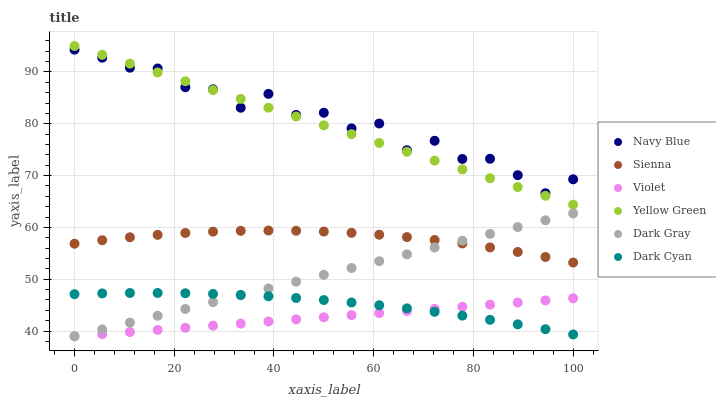
| xaxis_label | Navy Blue | Sienna | Violet | Yellow Green | Dark Gray | Dark Cyan |
 | --- | --- | --- | --- | --- | --- | --- |
 | 0 | 94.3 | 56.9 | 39 | 95 | 39 | 47.1 |
 | 5.56 | 92.8 | 57.5 | 39.4 | 93.3 | 40.3 | 47.3 |
 | 11.1 | 90.8 | 58.1 | 39.8 | 91.6 | 41.6 | 47.3 |
 | 16.7 | 90.7 | 58.6 | 40.2 | 89.9 | 43 | 47.4 |
 | 22.2 | 87.1 | 58.9 | 40.6 | 88.2 | 44.3 | 47.3 |
 | 27.8 | 86.6 | 59.2 | 41 | 86.5 | 45.6 | 47.2 |
 | 33.3 | 83.1 | 59.3 | 41.4 | 84.8 | 46.9 | 47 |
 | 38.9 | 85.8 | 59.4 | 41.8 | 83.1 | 48.2 | 46.7 |
 | 44.4 | 81.7 | 59.4 | 42.3 | 81.4 | 49.5 | 46.4 |
 | 50 | 82.1 | 59.2 | 42.7 | 79.7 | 50.9 | 46 |
 | 55.6 | 79.1 | 59 | 43.1 | 78 | 52.2 | 45.5 |
 | 61.1 | 80 | 58.6 | 43.5 | 76.3 | 53.5 | 45 |
 | 66.7 | 74.9 | 58.1 | 43.9 | 74.6 | 54.8 | 44.4 |
 | 72.2 | 76.7 | 57.6 | 44.3 | 72.9 | 56.1 | 43.7 |
 | 77.8 | 73.2 | 56.9 | 44.7 | 71.2 | 57.4 | 43 |
 | 83.3 | 73.2 | 56.1 | 45.1 | 69.5 | 58.8 | 42.2 |
 | 88.9 | 70.1 | 55.3 | 45.5 | 67.8 | 60.1 | 41.3 |
 | 94.4 | 66.6 | 54.3 | 45.9 | 66.1 | 61.4 | 40.4 |
 | 100 | 69.3 | 53.2 | 46.3 | 64.4 | 62.7 | 39.3 |